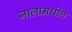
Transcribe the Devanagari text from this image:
नालामधील